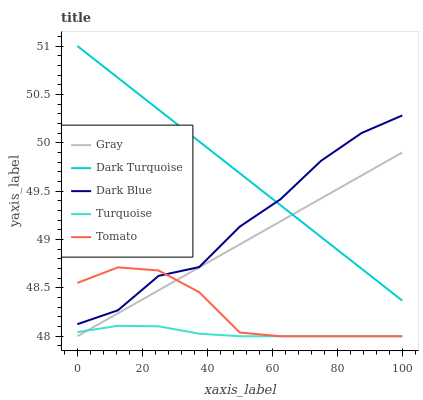
| xaxis_label | Gray | Dark Turquoise | Dark Blue | Turquoise | Tomato |
 | --- | --- | --- | --- | --- | --- |
 | 0 | 48 | 51 | 48.1 | 48 | 48.6 |
 | 12.5 | 48.2 | 50.7 | 48.3 | 48.1 | 48.7 |
 | 25 | 48.5 | 50.3 | 48.6 | 48.1 | 48.7 |
 | 37.5 | 48.7 | 50 | 48.7 | 48 | 48.5 |
 | 50 | 48.9 | 49.7 | 49.1 | 48 | 48 |
 | 62.5 | 49.2 | 49.4 | 49.4 | 48 | 48 |
 | 75 | 49.4 | 49 | 49.8 | 48 | 48 |
 | 87.5 | 49.7 | 48.7 | 50.1 | 48 | 48 |
 | 100 | 49.9 | 48.4 | 50.3 | 48 | 48 |